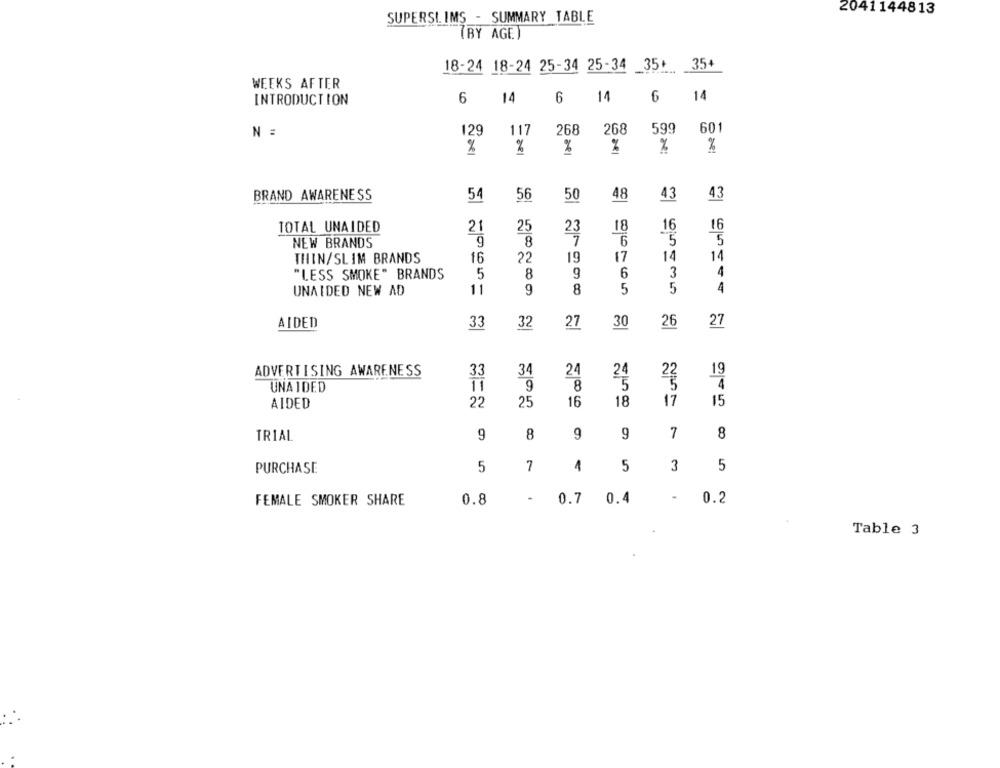
2041144813
SUPERSI. IMS - SUMMARY TABLE
(BY AGE)
18-24 18-24 25-34 25-34
35+
35+
WEEKS AFTER
6
14
6
14
6
14
INTRODUCTION
117
268
268
599
601
N :
129
%
%
%
%
%
%
BRAND AWARENESS
54
56
50
48
43
43
TOTAL UNAIDED
21
25
18
16
16
NEW BRANDS
9
8
6
5
5
THIN/SLIM BRANDS
f6
22
19
17
14
14
"LESS SMOKE" BRANDS
5
8
9
6
3
4
UNAIDED NEW AD
11
9
8
5
5
4
AIDED
30
26
27
33
32
27
ADVERTISING AWARENESS
33
34
24
24
19
11
UNA IDED
9
8
5
AIDED
22
25
16
18
17
15
TRIAL
9
8
9
9
7
8
5
7
1
5
3
5
PURCHASE
0.7
0.4
0.2
FEMALE SMOKER SHARE
0.8
Table 3